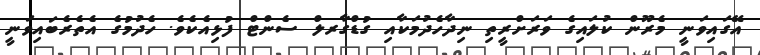
އޭގައިވަނީ މެރޫން ކުލައިގެ ވަރަށްރީތި ނިދާހެދުމަކާއި ގުޑްގާރލް ސެންޓް ފުޅިއެކެވެ. ހެދުމުގެ އެތެރެބައިވަނީ